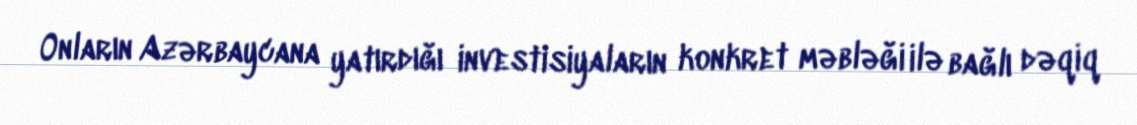
Onların Azərbaycana yatırdığı investisiyaların konkret məbləği ilə bağlı dəqiq